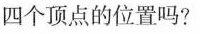
四个顶点的位置吗?